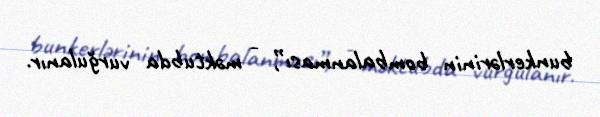
bunkerlərinin bombalanması”, - məktubda vurğulanır.